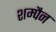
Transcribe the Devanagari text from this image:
शम्पैन